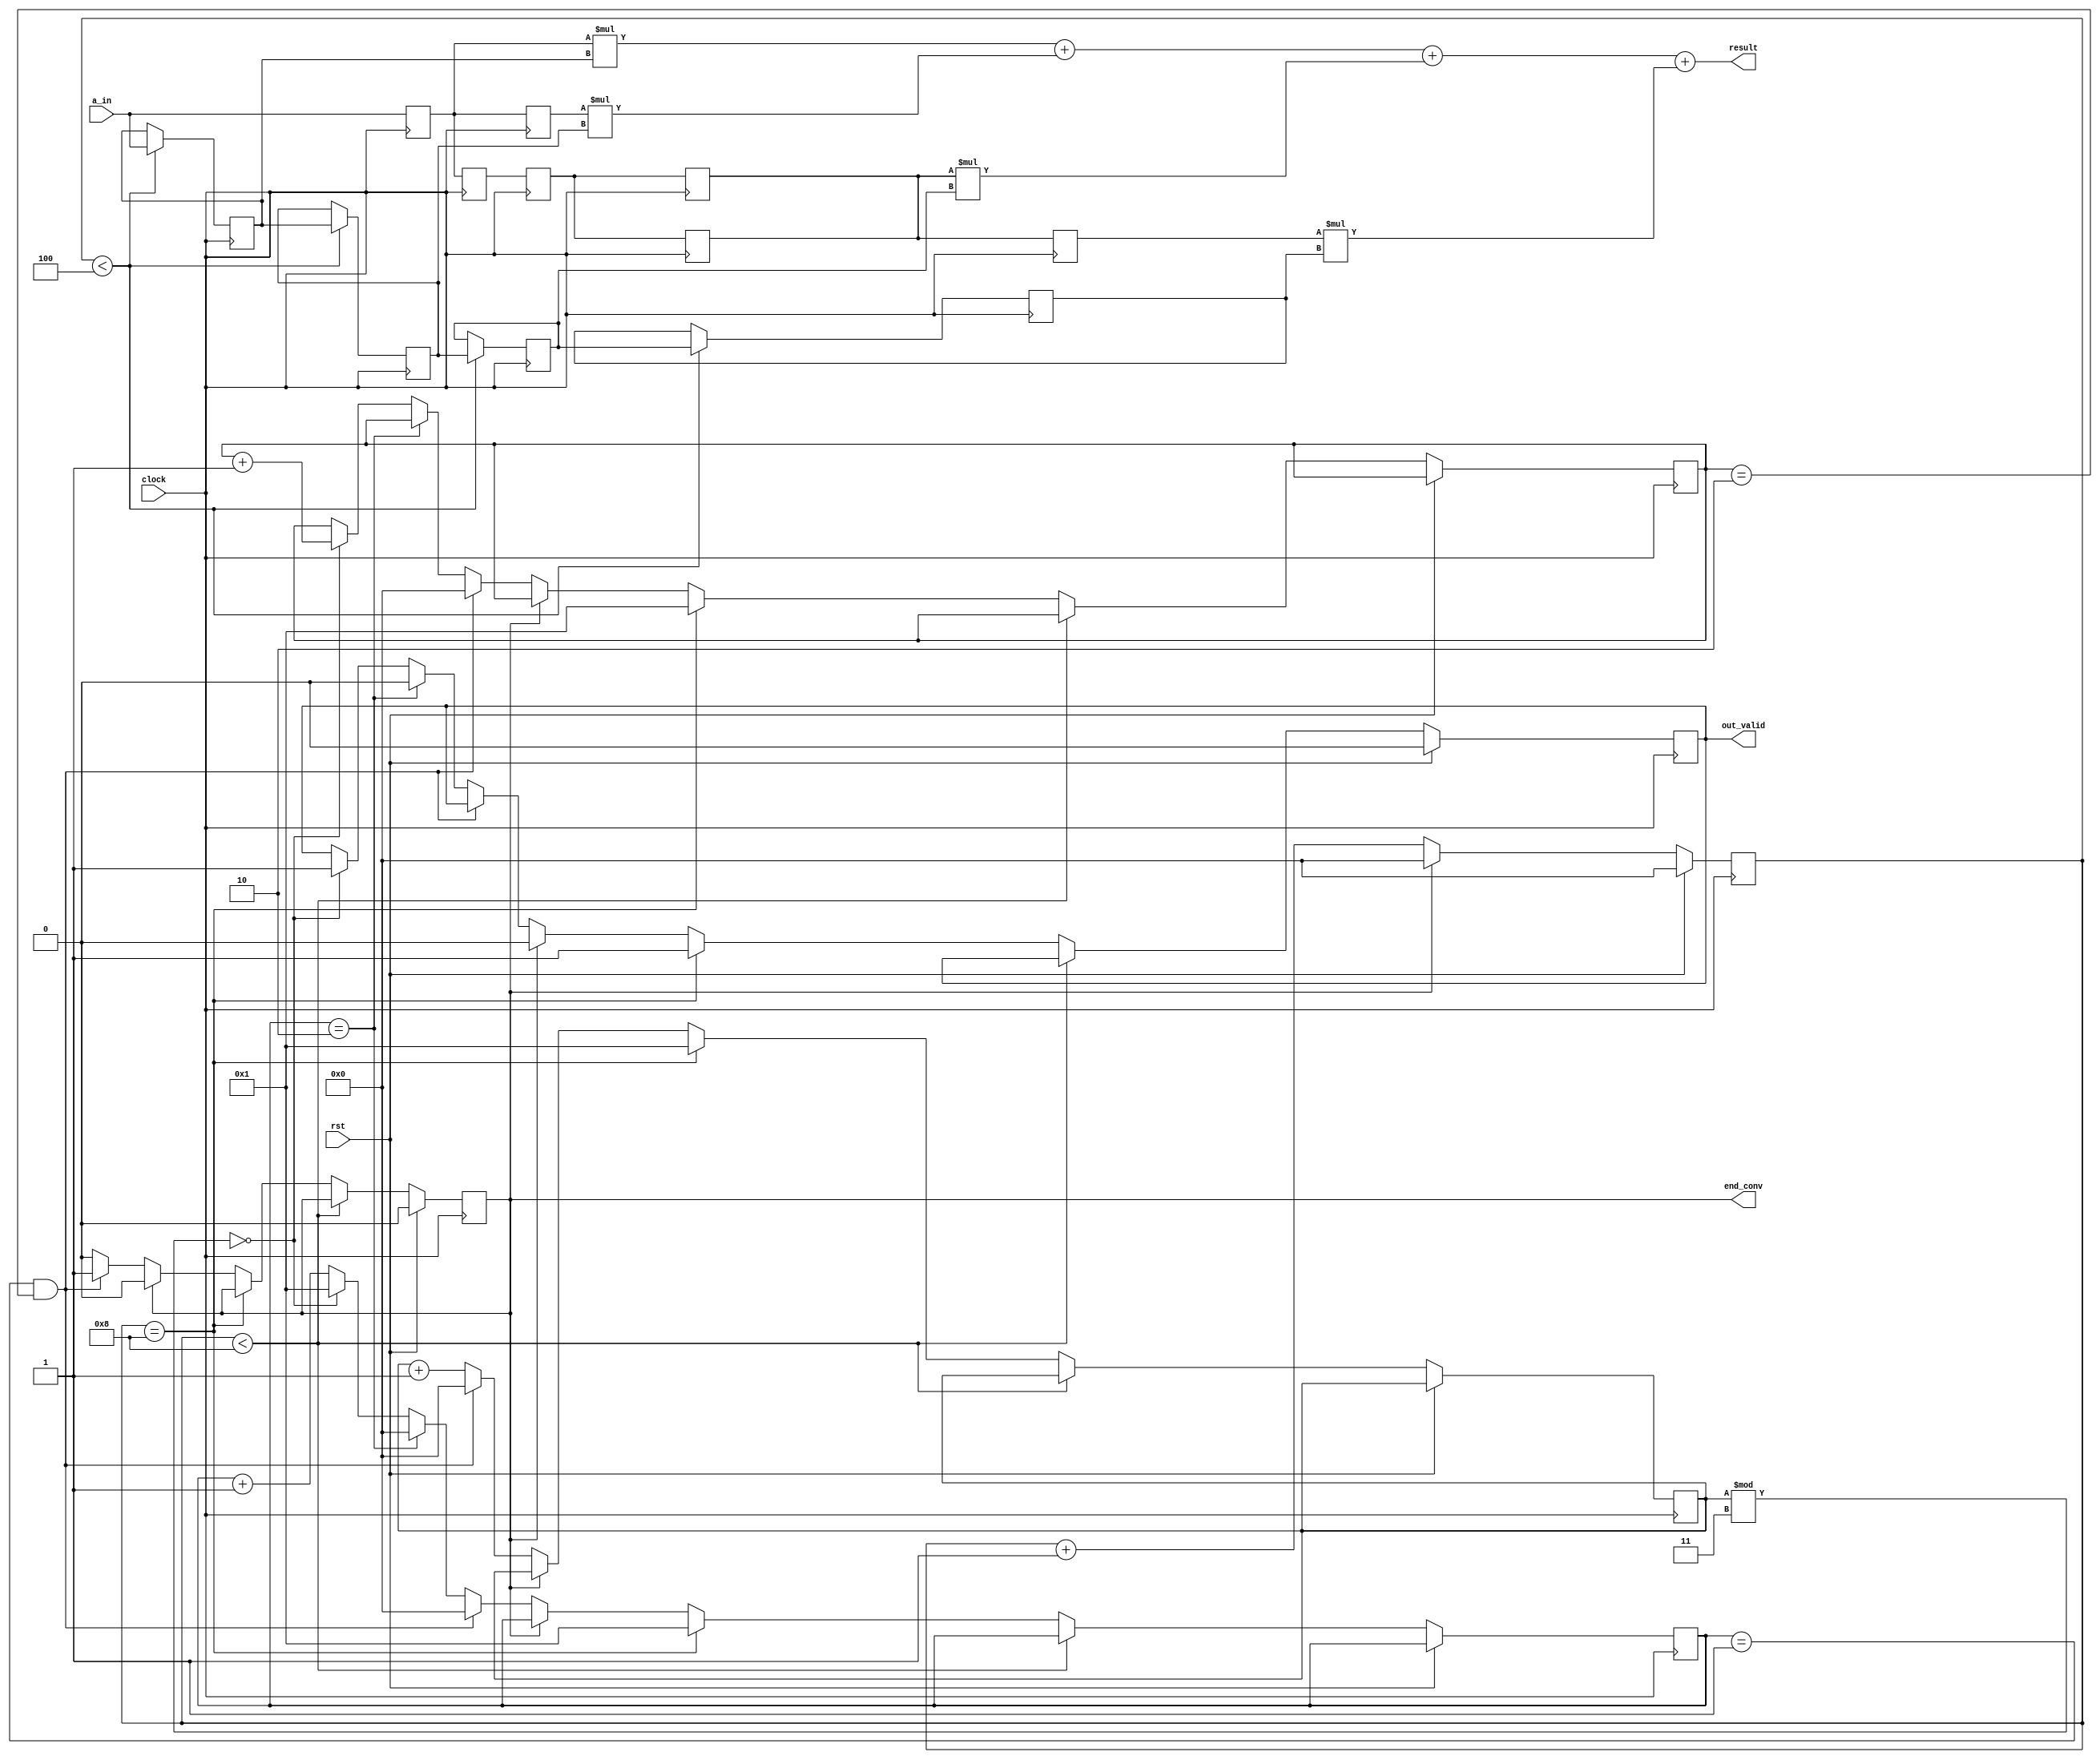
`timescale 1ns / 1ps
//////////////////////////////////////////////////////////////////////////////////
// Company: 
// Engineer: 
// 
// Design Name: 
// Module Name: conv_fix
// Project Name: 
// Target Devices: 
// Tool Versions: 
// Description: 
// 
// Dependencies: 
// 
// Revision:
// Revision 0.01 - File Created
// Additional Comments:
// 
//////////////////////////////////////////////////////////////////////////////////


module conv_fix(
    input clock,
    input rst,
    input [31:0] a_in,
    output [31:0] result,
    output reg out_valid,
    output reg end_conv
    );
    parameter n=3, m=2;
    reg [31:0] k [m*m-1:0];
    reg [31:0] w [m*m-1:0];
    reg [31:0] u [m*m-1:0];
    reg [31:0] p [(m-1)*n-1:0];
    reg [5:0] count, count1, count2, count3;
    reg [5:0] y;
    
    always@(posedge clock) begin 
    if(rst) count <= 'b0;
    else if(end_conv == 'b1) count <= 'b0;
    else count <= count + 1'b1;
    end
    
    always@(posedge clock)
    k[m*m-1] <= (count<m*m) ? a_in : k[m*m-1];
    
    genvar i;
    generate
    for(i=0;i<m*m-1;i=i+1)
    always@(posedge clock)
    k[m*m-1-i-1] <= (count<m*m) ? k[m*m-1-i] : k[m*m-1-i-1] ;
    endgenerate
    
    always@(posedge clock)
    w[m*m-1] <= a_in;
        
    genvar j,l;
    generate
    for(i=0;i<m-1;i=i+1) begin
    
    for(j=0;j<m-1;j=j+1)
    always@(posedge clock)
    w[m*m-1-i*m-j-1] <= w[m*m-1-i*m-j];
    
    always@(*)
    p[0+i*m] <= w[m*m-1-i*m];
    for(l=0;l<n-1;l=l+1)
    always@(posedge clock) begin 
    p[l+i*m+1] <= p[l+i*m];
    w[m*m-1-i*m-m] <= p[n-1];
    end
    end

    for(j=0;j<m-1;j=j+1)
    always@(posedge clock)
    w[m-1-j-1] <= w[m-1-j];    
    endgenerate
    //inputs at w and k
    
    //always@(w,k) begin
    //result = 'b0;
    always@(*) u[m*m-1] <= w[m*m-1]*k[m*m-1];
    generate
    for(i=m*m-2;i>=0;i=i-1)
    always@(*) u[i] <= u[i+1] + w[i]*k[i];
    endgenerate
    
    assign result = u[0];
    
    // logic to generate valids
    always@(posedge clock) begin
    if(rst) begin out_valid <= 'b0; end_conv <= 'b0; end
    else if(count < (m-1)*n + m - 'b1 + m*m );
    else if(count == (m-1)*n + m - 'b1 + m*m) begin
    out_valid <= 'b1; count1<='b1; count2<='b1; count3<='b1; end
    else if(end_conv == 'b1) begin out_valid <= 'b0; end_conv <= 'b0; end
    else if((count2 == n-m) && (count3 == n-m+'b1)) begin
    end_conv <= 'b1; count1<='b0; count2<='b0; count3<='b0; end
    else if(count2 == n-m+'b1) begin
    out_valid <= 'b0; count1<=count1+'b1; count2<='b0; end
    else if(count1%n == 'b0) begin
    out_valid <= 'b1; count1<=count1+'b1; count2<='b1; count3<=count3+'b1; end
    else begin count1<=count1+'b1; count2<=count2+'b1; end
    end
    
endmodule